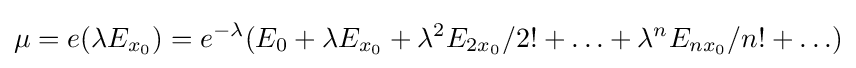
\mu =e(\lambda E_{x_{0}})=e^{-\lambda }(E_{0}+\lambda E_{x_{0}}+\lambda ^{2}E_{2x_{0}}/2!+\ldots +\lambda ^{n}E_{nx_{0}}/n!+\ldots )